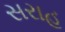
સરાહ